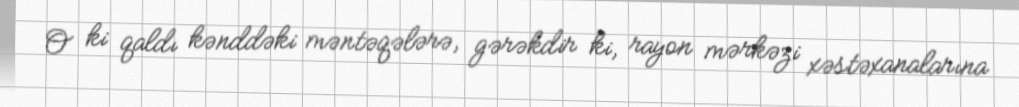
O ki qaldı kənddəki məntəqələrə, gərəkdir ki, rayon mərkəzi xəstəxanalarına